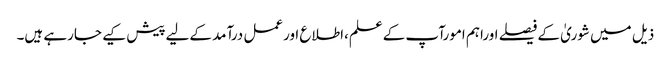
ذیل میں شوریٰ کےفیصلے اوراہم امورآپ کےعلم،اطلاع اورعمل درآمد کےلیےپیش کیے جارہے ہیں۔